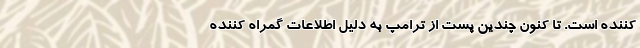
کننده است. تا کنون چندین پست از ترامپ به دلیل اطلاعات گمراه کننده